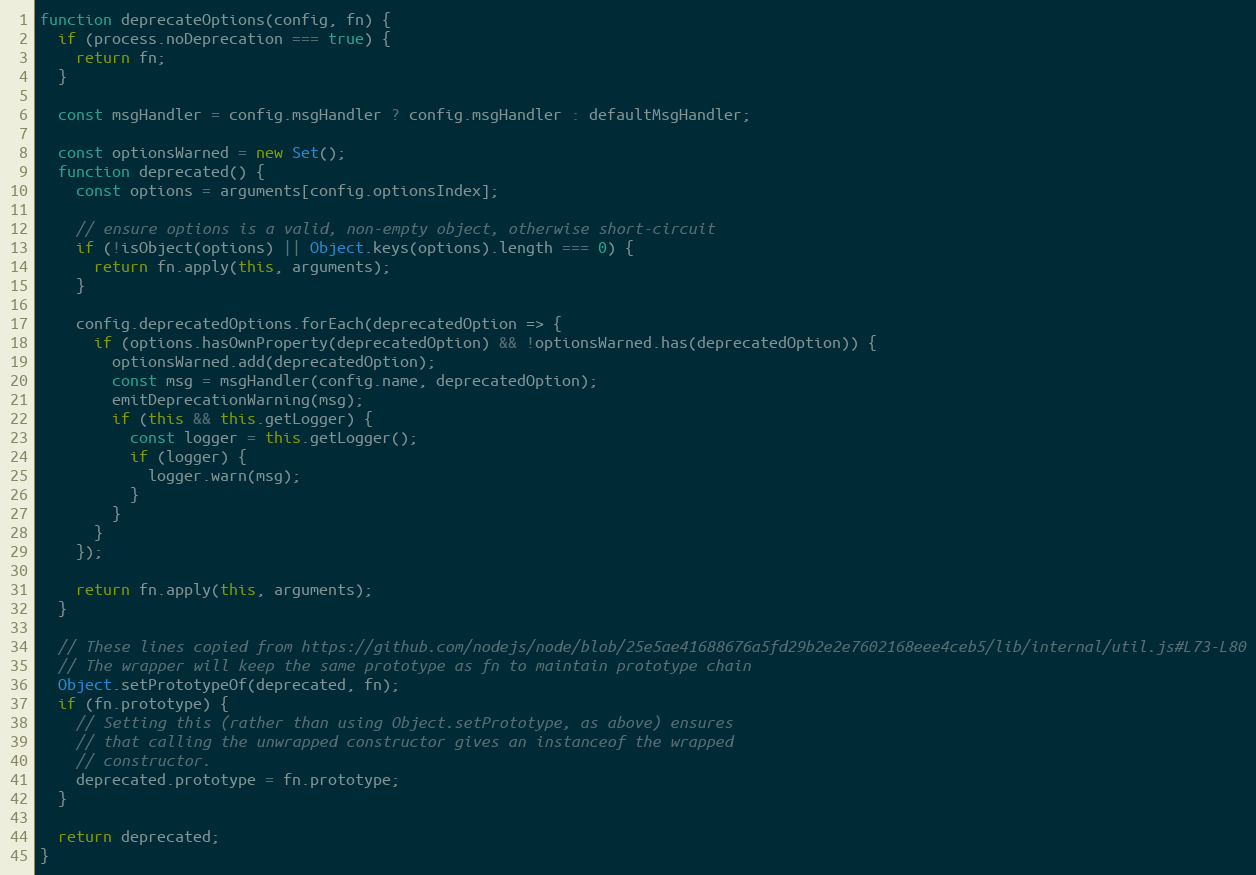
Language: JavaScript
function deprecateOptions(config, fn) {
  if (process.noDeprecation === true) {
    return fn;
  }

  const msgHandler = config.msgHandler ? config.msgHandler : defaultMsgHandler;

  const optionsWarned = new Set();
  function deprecated() {
    const options = arguments[config.optionsIndex];

    // ensure options is a valid, non-empty object, otherwise short-circuit
    if (!isObject(options) || Object.keys(options).length === 0) {
      return fn.apply(this, arguments);
    }

    config.deprecatedOptions.forEach(deprecatedOption => {
      if (options.hasOwnProperty(deprecatedOption) && !optionsWarned.has(deprecatedOption)) {
        optionsWarned.add(deprecatedOption);
        const msg = msgHandler(config.name, deprecatedOption);
        emitDeprecationWarning(msg);
        if (this && this.getLogger) {
          const logger = this.getLogger();
          if (logger) {
            logger.warn(msg);
          }
        }
      }
    });

    return fn.apply(this, arguments);
  }

  // These lines copied from https://github.com/nodejs/node/blob/25e5ae41688676a5fd29b2e2e7602168eee4ceb5/lib/internal/util.js#L73-L80
  // The wrapper will keep the same prototype as fn to maintain prototype chain
  Object.setPrototypeOf(deprecated, fn);
  if (fn.prototype) {
    // Setting this (rather than using Object.setPrototype, as above) ensures
    // that calling the unwrapped constructor gives an instanceof the wrapped
    // constructor.
    deprecated.prototype = fn.prototype;
  }

  return deprecated;
}